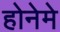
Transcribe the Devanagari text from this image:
होनेमे